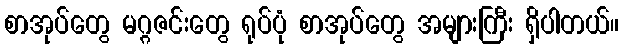
စာအုပ်တွေ မဂ္ဂဇင်းတွေ ရုပ်ပုံ စာအုပ်တွေ အများကြီး ရှိပါတယ်။